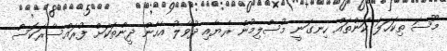
މޫސަ ތިކަހަލަ ކަންތައް ހިނގަނީ މުސްލިމުން ރެޔާއި ދުވާލު އެހެން ދީންތަކަށް ފުރައްސާރަކޮސް